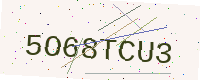
Text: 5O68TCU3